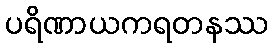
ပရိဏာယကရတနဿ